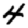
Digit: 4